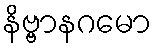
နိဗ္ဗာနဂမော